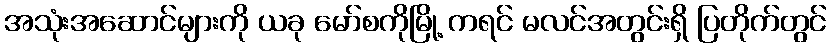
အသုံးအဆောင်များကို ယခု မော်စကိုမြို့ ကရင် မလင်အတွင်းရှိ ပြတိုက်တွင်